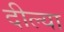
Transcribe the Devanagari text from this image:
दील्या